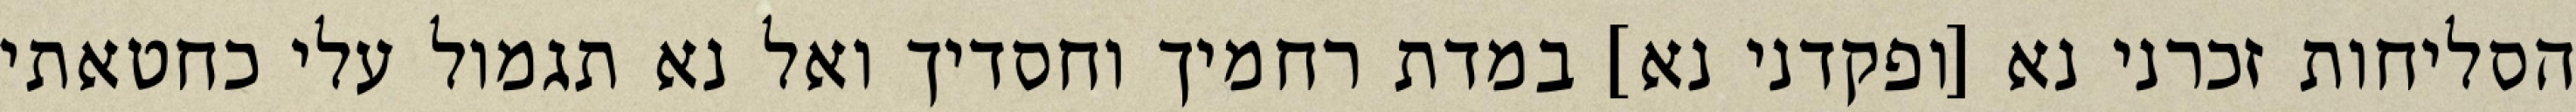
הסליחות זכרני נא [ופקדני נא] במדת רחמיך וחסדיך ואל נא תגמול עלי כחטאתי